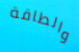
والطاقة